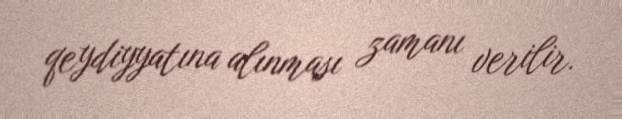
qeydiyyatına alınması zamanı verilir.